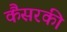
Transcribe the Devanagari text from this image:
कैंसरकी